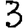
Digit: 3